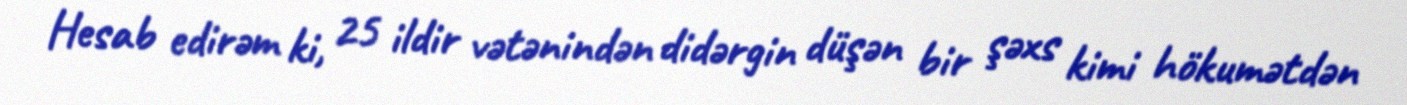
Hesab edirəm ki, 25 ildir vətənindən didərgin düşən bir şəxs kimi hökumətdən